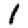
Digit: 1